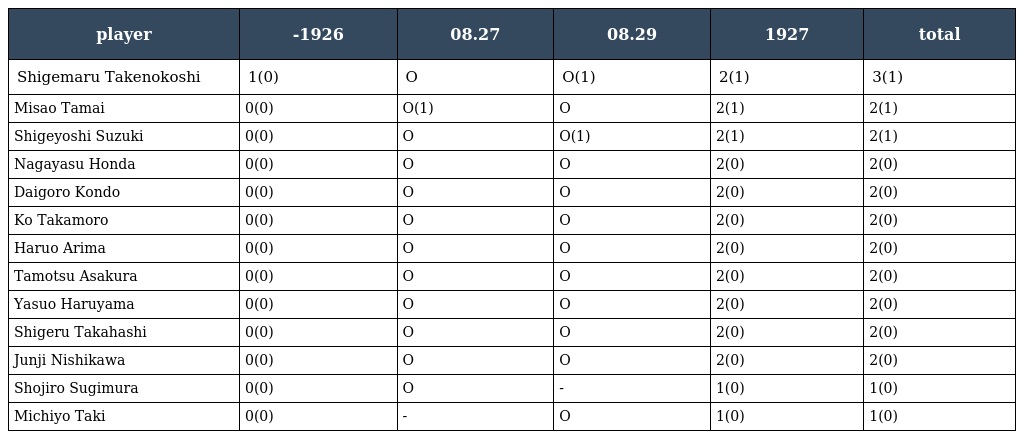
| player | -1926 | 08.27 | 08.29 | 1927 | total |
 | --- | --- | --- | --- | --- | --- |
 | Shigemaru Takenokoshi | 1(0) | O | O(1) | 2(1) | 3(1) |
 | Misao Tamai | 0(0) | O(1) | O | 2(1) | 2(1) |
 | Shigeyoshi Suzuki | 0(0) | O | O(1) | 2(1) | 2(1) |
 | Nagayasu Honda | 0(0) | O | O | 2(0) | 2(0) |
 | Daigoro Kondo | 0(0) | O | O | 2(0) | 2(0) |
 | Ko Takamoro | 0(0) | O | O | 2(0) | 2(0) |
 | Haruo Arima | 0(0) | O | O | 2(0) | 2(0) |
 | Tamotsu Asakura | 0(0) | O | O | 2(0) | 2(0) |
 | Yasuo Haruyama | 0(0) | O | O | 2(0) | 2(0) |
 | Shigeru Takahashi | 0(0) | O | O | 2(0) | 2(0) |
 | Junji Nishikawa | 0(0) | O | O | 2(0) | 2(0) |
 | Shojiro Sugimura | 0(0) | O | - | 1(0) | 1(0) |
 | Michiyo Taki | 0(0) | - | O | 1(0) | 1(0) |